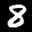
Label: 8